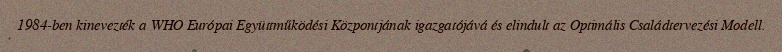
1984-ben kinevezték a WHO Európai Együttműködési Központjának igazgatójává és elindult az Optimális Családtervezési Modell.